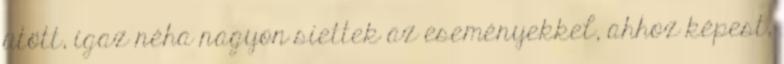
ütött, igaz néha nagyon siettek az eseményekkel, ahhoz képest,